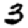
Digit: 3